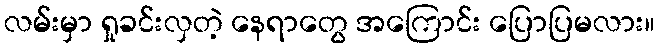
လမ်းမှာ ရှုခင်းလှတဲ့ နေရာတွေ အကြောင်း ပြောပြမလား။